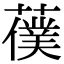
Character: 𦿍